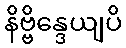
နိဗ္ဗိန္ဒေယျပိ